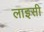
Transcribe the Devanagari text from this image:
लाइसी